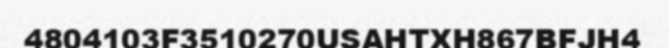
4804103F3510270USAHTXH867BFJH4